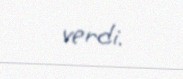
verdi.